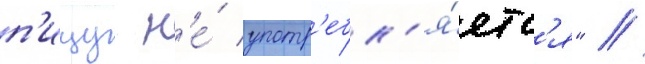
п'ищу н'е́ употр'ебл'я́етс'я" //